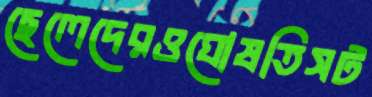
ছেলেদেরওঘোষতিসট